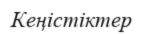
Кеңістіктер